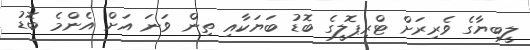
ލީބިޔާގެ ވެރިރަށް ޓްރިޕޮލީގެ ބޮޑު ބަޔަކާއި ތިން ވަނަ އަށް އެންމެ ބޮޑު